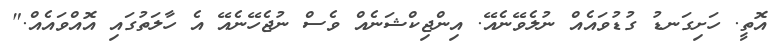
އޮތީ. ހަށިގަނޑު ގުޑުވައެއް ނުލެވޭނެއޭ. އިންޖިކްޝަނެއް ވެސް ނުޖެހޭނެއޭ އެ ހާލަތުގައި އޮއްވައެއް."